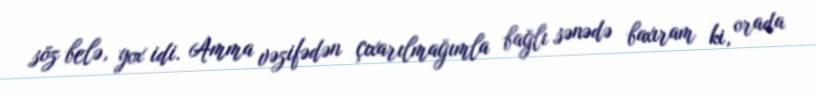
söz belə, yox idi. Amma vəzifədən çıxarılmağımla bağlı sənədə baxıram ki, orada